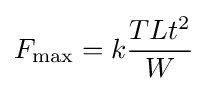
F_{\text{max}}=k{\frac {TLt^{2}}{W}}